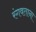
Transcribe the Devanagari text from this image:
रंगवताना